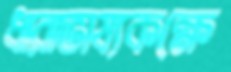
ধারাভাষ্যকক্ষে